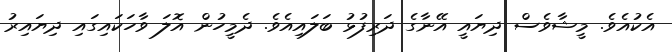
އެކުއެވެ. މީޝާވެސް ދިޔައީ އޭނާގެ ދަރިފުޅު ބަލައިއެވެ. ދެމީހުން އޮލަ ވާހަކައިގައި ދިޔައިރު